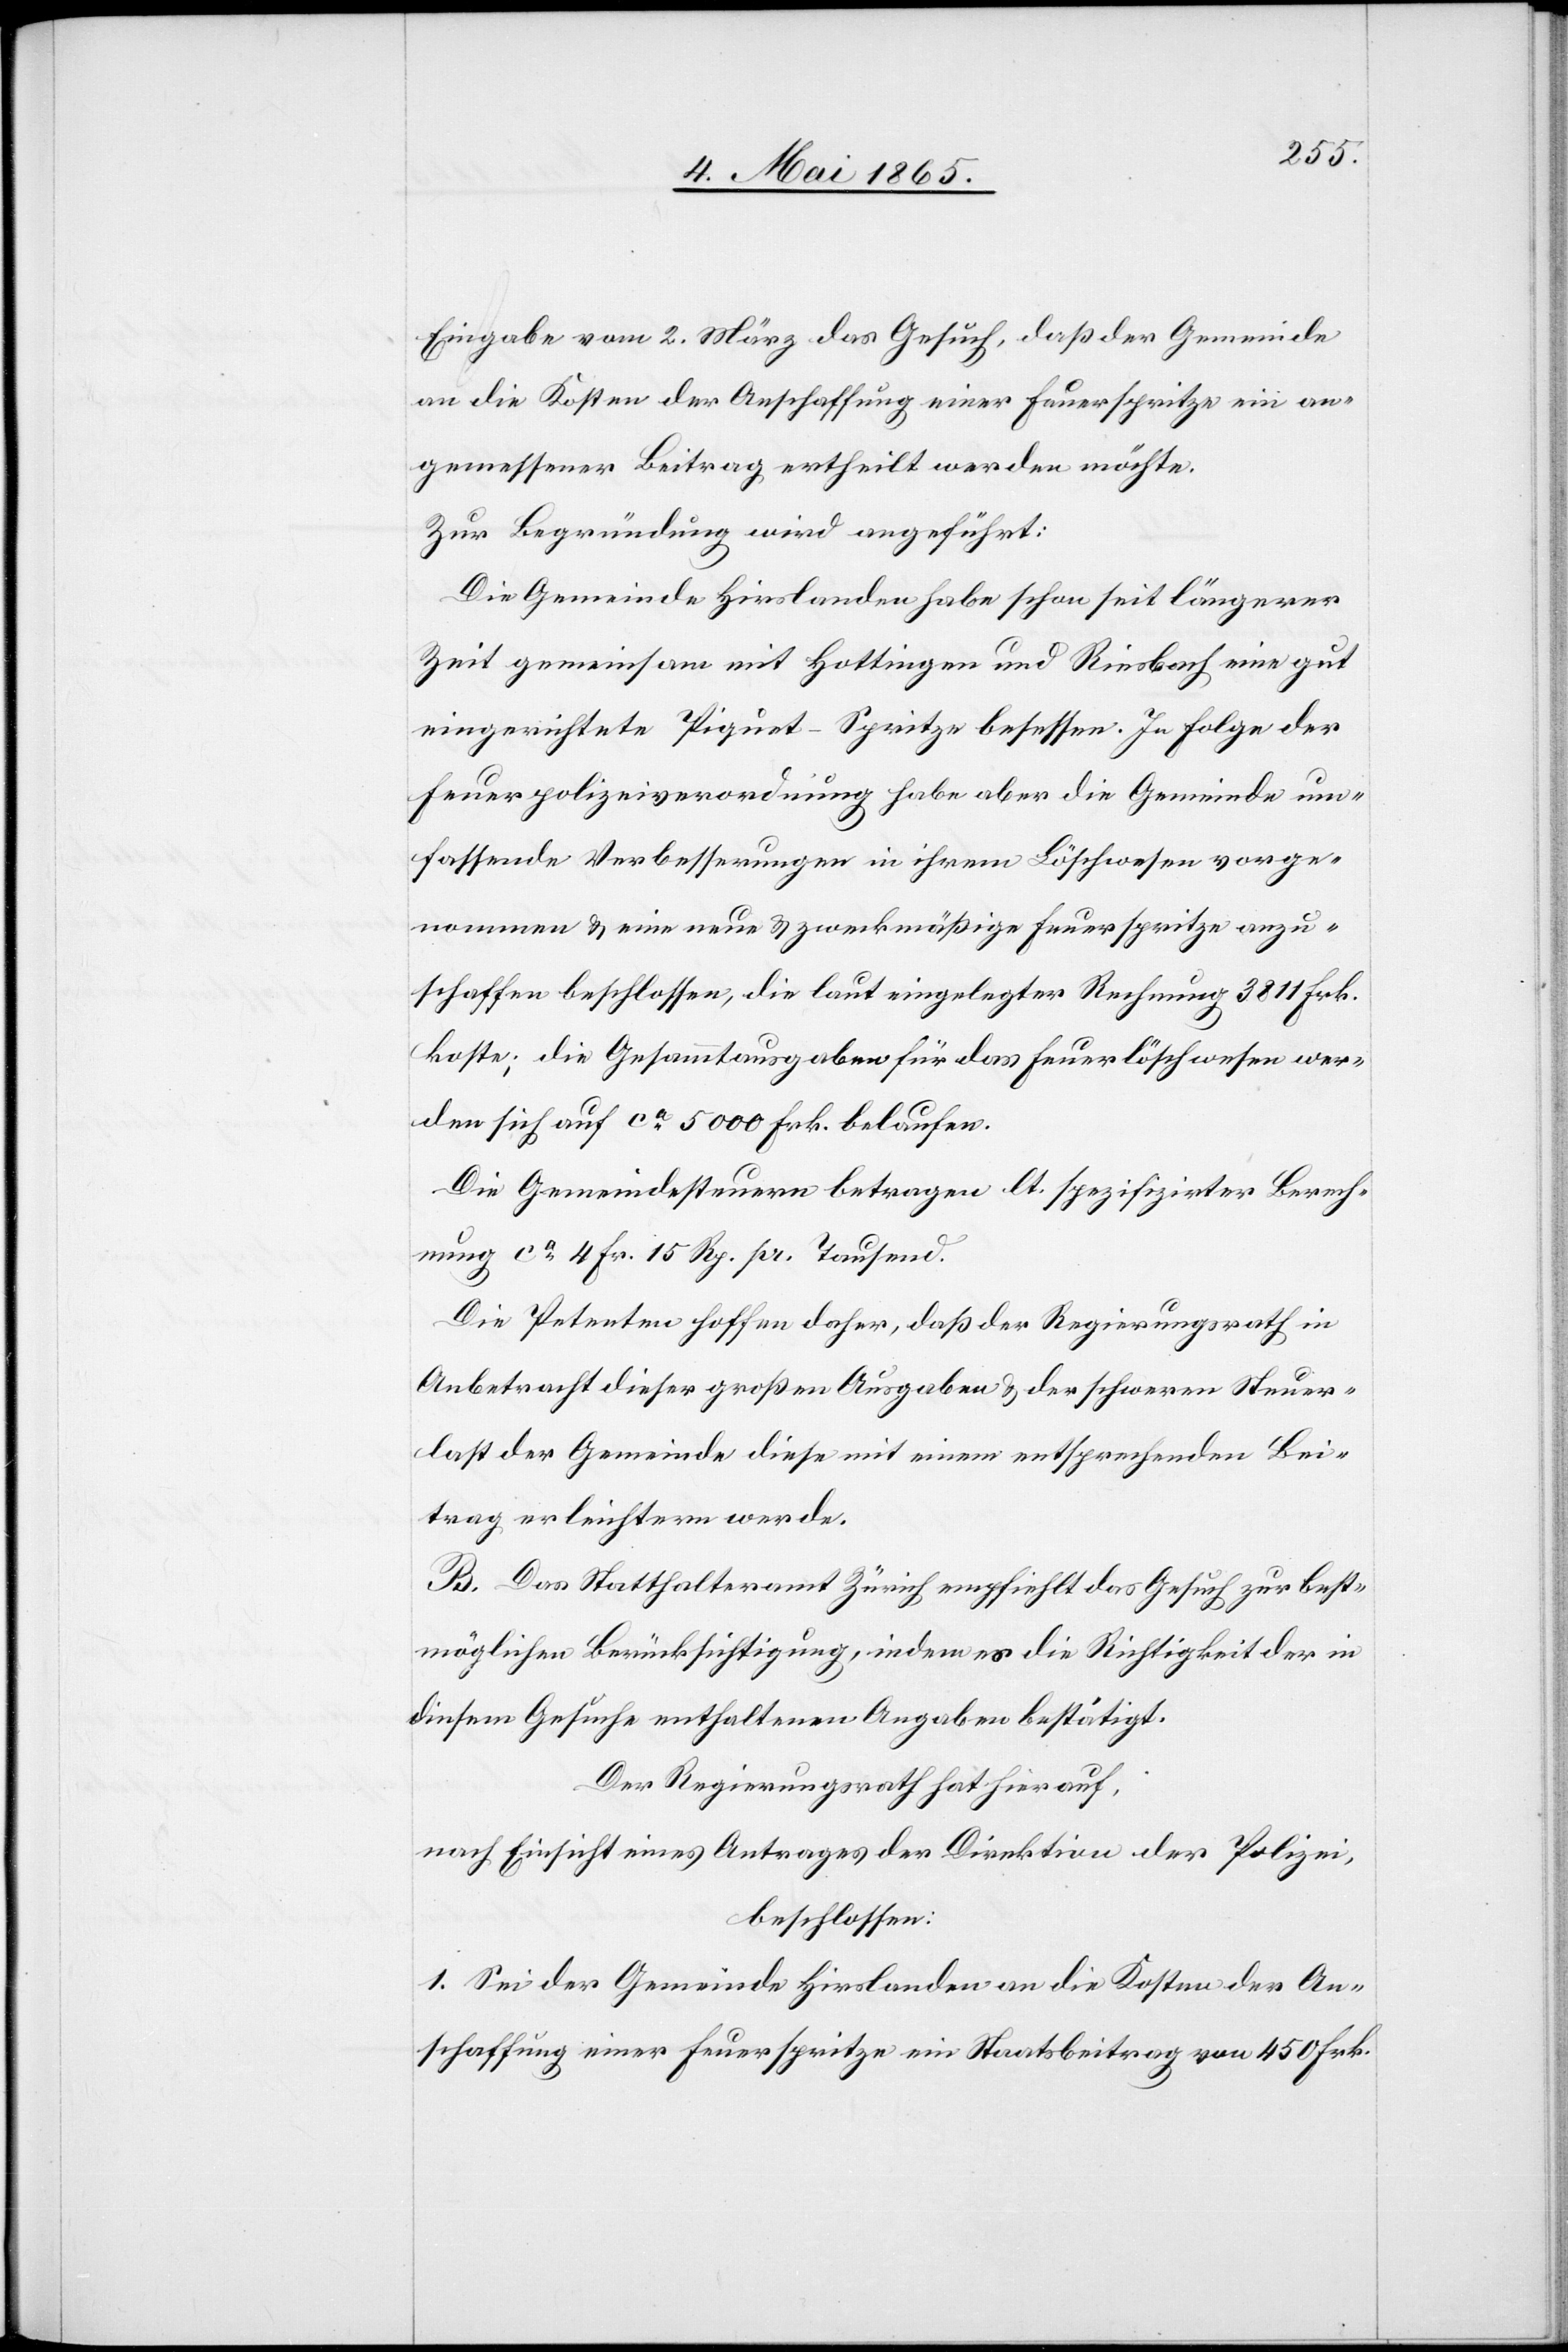
Eingabe vom 2. März das Gesuch, daß der Gemeinde
an die Kosten der Anschaffung einer Feuerspritze ein an¬
gemessener Beitrag ertheilt werden möchte.
Zur Begründung wird angeführt:
Die Gemeinde Hirslanden habe schon seit längerer
Zeit gemeinsam mit Hottingen und Riesbach eine gut
eingerichtete Piquet-Spritze besessen. In Folge der
Feuerpolizeiverordnung habe aber die Gemeinde um¬
fassende Verbesserungen in ihrem Löschwesen vorge¬
nommen & eine neue & zweckmäßige Feuerspritze anzu¬
schaffen beschlossen, die laut eingelegter Rechnung 3811 Frk.
koste; die Gesammtausgaben für das Feuerlöschen wer¬
den sich auf ca 5000 Frk. belaufen.
Die Gemeindesteuern betragen lt. spezifizirter Berech¬
nung ca 4 Fr. 15 Rp. pr. Tausend.
Die Petenten hoffen daher, daß der Regierungsrath in
Anbetracht dieser großen Ausgaben & der schweren Steuer¬
last der Gemeinde diese mit einem entsprechenden Bei¬
trag erleichtern werde.
B. Das Statthalteramt Zürich empfiehlt das Gesuch zur best¬
möglichen Berücksichtigung, indem es die Richtigkeit der in
diesem Gesuche enthaltenen Angaben bestätigt.
Der Regierungsrath hat hierauf,
nach Einsicht eines Antrages der Direktion der Polizei,
beschlossen:
1. Sei der Gemeinde Hirslanden an die Kosten der An¬
schaffung einer Feuerspritze ein Staatsbeitrag von 450 Frk.